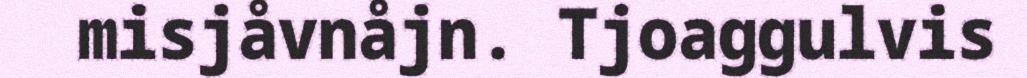
misjåvnåjn. Tjoaggulvis